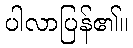
ပါလာပြန်၏။